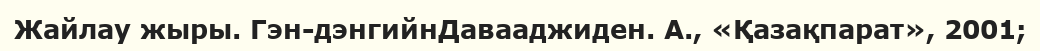
Жайлау жыры. Гэн-дэнгийнДавааджиден. А., «Қазақпарат», 2001;